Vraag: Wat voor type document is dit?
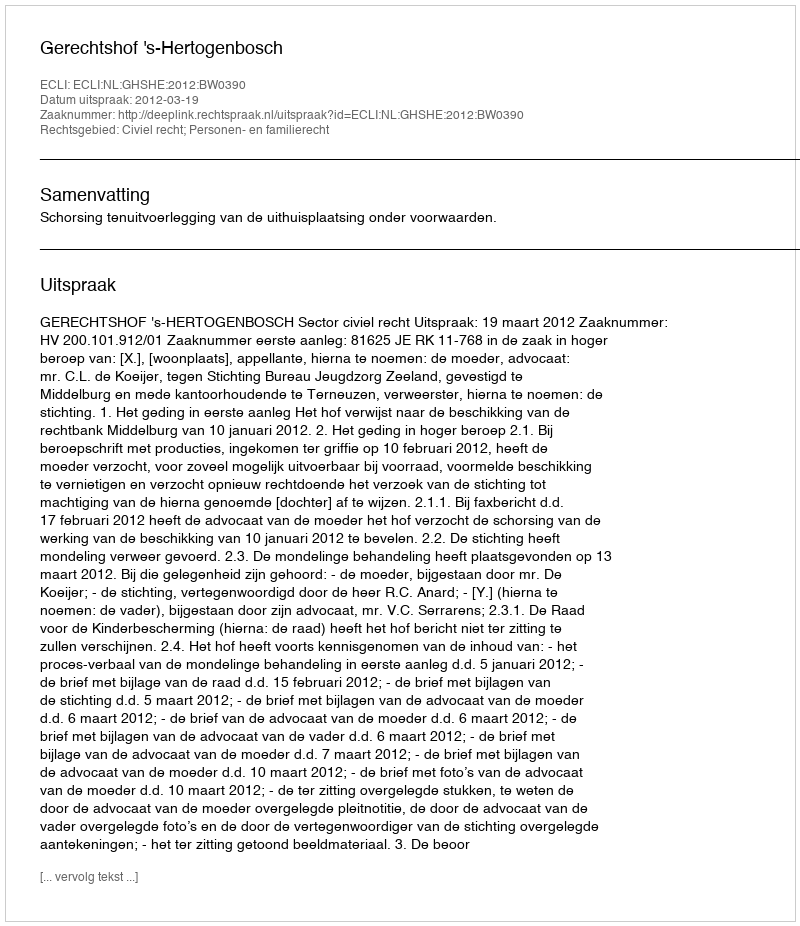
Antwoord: Uitspraak